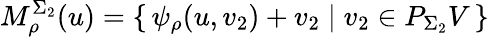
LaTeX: M_{\rho}^{\Sigma_{2}}(u)=\{ \, \psi_{\rho}(u,v_{2})+v_{2}\; |\; v_{2}\in P_{\Sigma_{2}}V\, \}